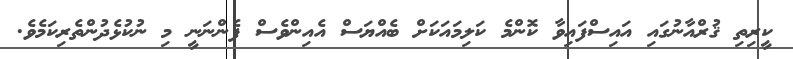
ކީރިތި ޤުރްއާނުގައި އައިސްފައިވާ ކޮންމެ ކަލިމައަކަށް ބެއްޔަސް އެއިންވެސް ފެންނަނީ މި ނުކުޅެދުންތެރިކަމެވެ.